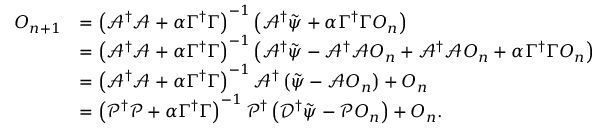
\begin{array} { r l } { O _ { n + 1 } } & { = \left( \mathcal { A } ^ { \dagger } \mathcal { A } + \alpha \Gamma ^ { \dagger } \Gamma \right) ^ { - 1 } \left( \mathcal { A } ^ { \dagger } \tilde { \psi } + \alpha \Gamma ^ { \dagger } \Gamma O _ { n } \right) } \\ & { = \left( \mathcal { A } ^ { \dagger } \mathcal { A } + \alpha \Gamma ^ { \dagger } \Gamma \right) ^ { - 1 } \left( \mathcal { A } ^ { \dagger } \tilde { \psi } - \mathcal { A } ^ { \dagger } \mathcal { A } O _ { n } + \mathcal { A } ^ { \dagger } \mathcal { A } O _ { n } + \alpha \Gamma ^ { \dagger } \Gamma O _ { n } \right) } \\ & { = \left( \mathcal { A } ^ { \dagger } \mathcal { A } + \alpha \Gamma ^ { \dagger } \Gamma \right) ^ { - 1 } \mathcal { A } ^ { \dagger } \left( \tilde { \psi } - \mathcal { A } O _ { n } \right) + O _ { n } } \\ & { = \left( \mathcal { P } ^ { \dagger } \mathcal { P } + \alpha \Gamma ^ { \dagger } \Gamma \right) ^ { - 1 } \mathcal { P } ^ { \dagger } \left( \mathcal { D } ^ { \dagger } \tilde { \psi } - \mathcal { P } O _ { n } \right) + O _ { n } . } \end{array}